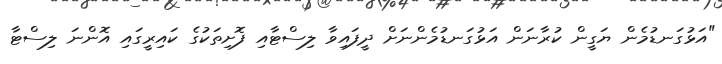
"އަޅުގަނޑުމެން ޔަގީން ކުރާނަން އަޅުގަނޑުމެންނަށް ދީފައިވާ ލިސްޓާއި ފޮށިތަކުގެ ކައިރީގައި އޮންނަ ލިސްޓާ